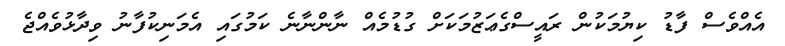
އެއްވެސް ފާޑު ކިޔުމަކުން ރައީސްގެޢަޒުމަކަށް ގުޑުމެއް ނާންނާނެ ކަމުގައި އެމަނިކުފާނު ވިދާޅުވެއްޖެ